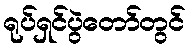
ရုပ်ရှင်ပွဲတော်တွင်